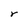
Character: r